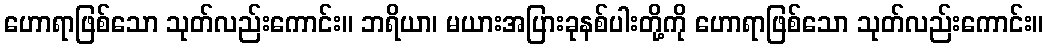
ဟောရာဖြစ်သော သုတ်လည်းကောင်း။ ဘရိယာ၊ မယားအပြားခုနစ်ပါးတို့ကို ဟောရာဖြစ်သော သုတ်လည်းကောင်း။